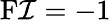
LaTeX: \operatorname{F\mathcal{I}}=-1